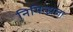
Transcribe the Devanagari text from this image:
निमित्झला